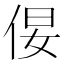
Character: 𪜿